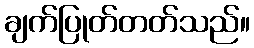
ချက်ပြုတ်တတ်သည်။